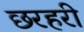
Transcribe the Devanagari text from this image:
छरहरी